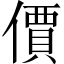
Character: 價